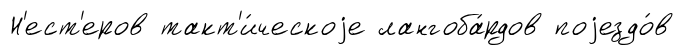
Н'ест'еров такт'и́ческоjе лангоба́рдов поjездо́в